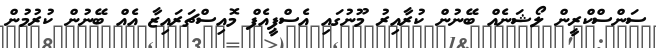
ސަންސްކްރީން ލޯޝަނެއް ބޭނުން ކުރާއިރު މޫނުގައި އެސްޕީއެފް މޮއިސްޗަރައިޒާ އެއް ބޭނުން ކުރުމުން